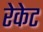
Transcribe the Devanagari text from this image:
रेकेट